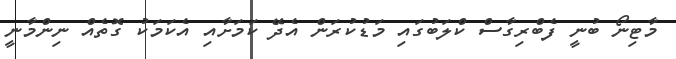
މާޓިނޯ ބުނީ ފެބްރިގާސް ކްލަބުގައި މަޑުކުރަން އެދޭ ކަމަށާއި އެކަމަކު ގޮތެއް ނިންމާނީ